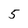
Character: 5